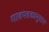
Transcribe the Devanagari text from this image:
गावपत्रकानुसार